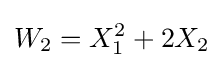
W_{2}=X_{1}^{2}+2X_{2}